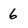
Character: 6